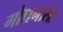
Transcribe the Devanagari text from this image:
गोधनाला